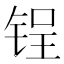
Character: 锃